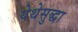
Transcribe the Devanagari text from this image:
येथेसुद्धा